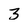
Character: 3